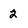
Character: 2